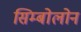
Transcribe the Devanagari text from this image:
सिम्बोलोन